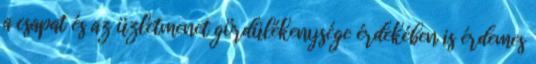
a csapat és az üzletmenet gördülékenysége érdekében is érdemes